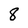
Character: 8